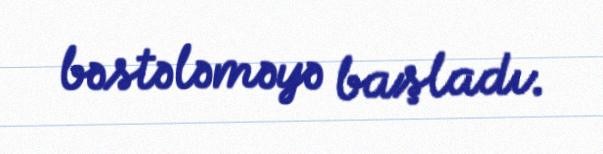
bəstələməyə başladı.